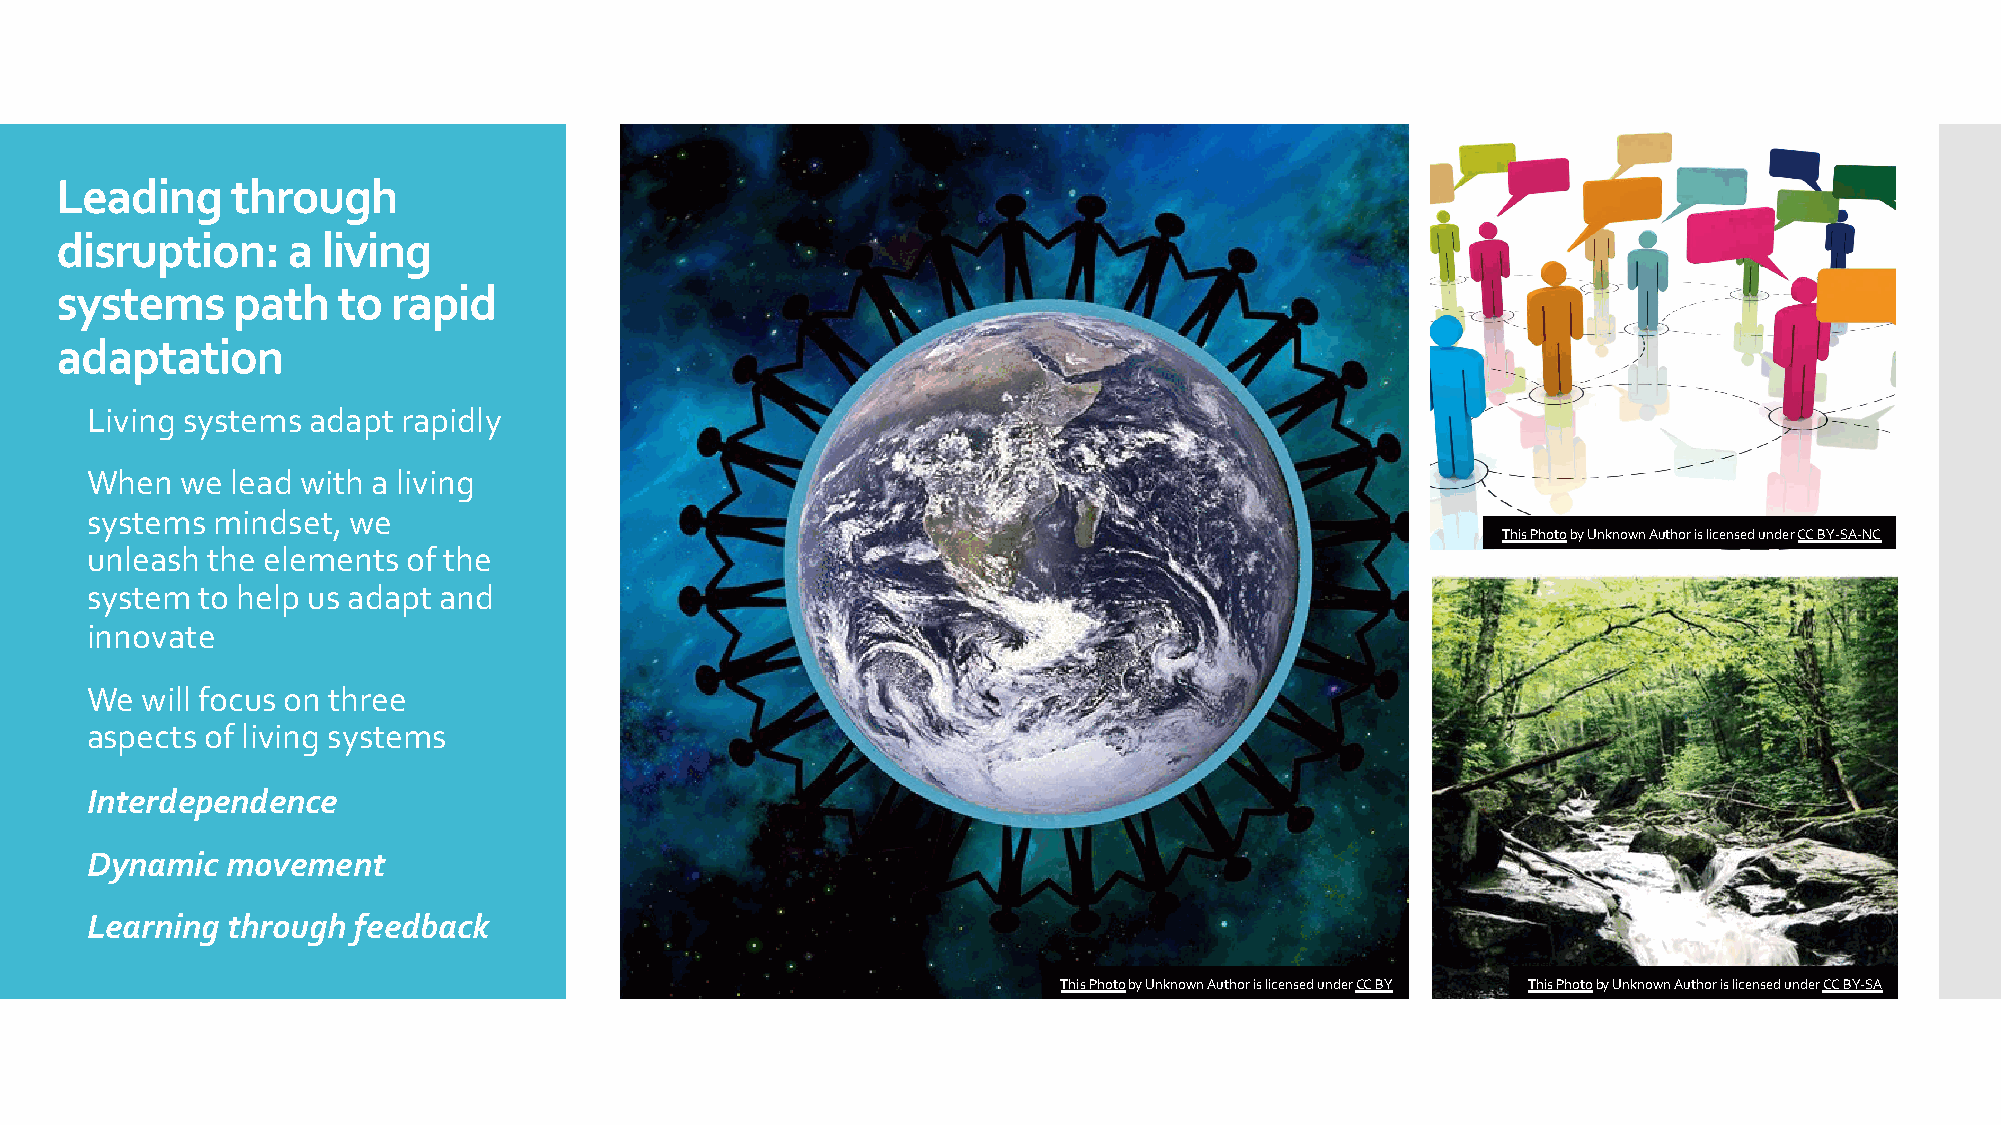
Leading    through
 disruption:    a living
 systems    path   to  rapid
 adaptation
  Living systems adapt rapidly
  When  we lead with a living
 systems mindset, we
 This Photoby Unknown Author is licensed under CC BY-SA-NC
 unleash the elements of the
 system to help us adapt and
 innovate
  We will focus on three
 aspects of living systems
  Interdependence
  Dynamic  movement
  Learning through feedback
 This Photoby Unknown Author is licensed under CC BY This Photoby Unknown Author is licensed under CC BY-SA